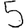
Digit: 5